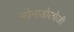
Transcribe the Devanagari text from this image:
मोनाडोलोजी